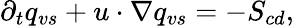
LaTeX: \partial_{t}q_{vs}+u\cdot\nabla q_{vs}=-S_{cd},